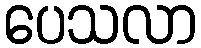
ပေသလာ